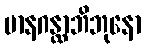
မာနဂန္ထာဘိဘုနော